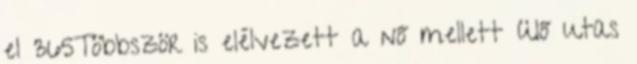
el 365Többször is elélvezett a nő mellett ülő utas